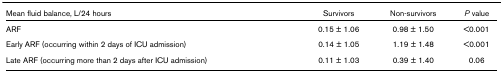
| Mean fluid balance, L/24 hours | Survivors | Non-survivors | P value |
 | --- | --- | --- | --- |
 | ARF | 0.15 ± 1.06 | 0.98 ± 1.50 | <0.001 |
 | Early ARF (occurring within 2 days of ICU admission) | 0.14 ± 1.05 | 1.19 ± 1.48 | <0.001 |
 | Late ARF (occurring more than 2 days after ICU admission) | 0.11 ± 1.03 | 0.39 ± 1.40 | 0.06 |